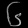
Digit: ၆